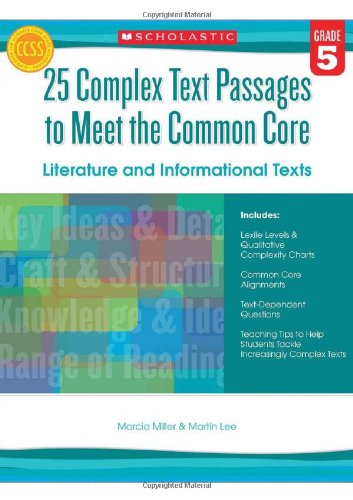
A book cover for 25 Complex Text Passages to Meet the Common Core: Literature and Informational Texts: Grade 5; Martin Lee; Education & Teaching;